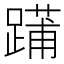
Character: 𨄳